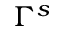
\Gamma ^ { s }